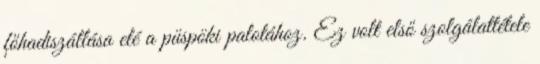
főhadiszállása elé a püspöki palotához. Ez volt első szolgálattétele